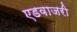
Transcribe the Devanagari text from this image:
एडवाजरी